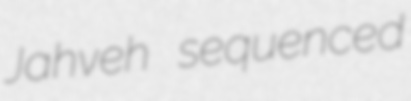
Jahveh sequenced